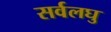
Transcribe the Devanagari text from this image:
सर्वलघु